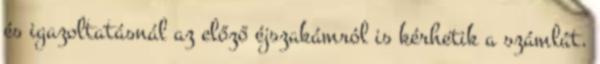
és igazoltatásnál az előző éjszakámról is kérhetik a számlát.